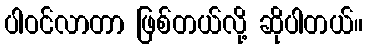
ပါဝင်လာတာ ဖြစ်တယ်လို့ ဆိုပါတယ်။